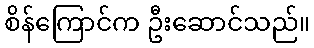
စိန်ကြောင်က ဦးဆောင်သည်။